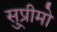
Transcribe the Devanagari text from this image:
सु्प्रीमो